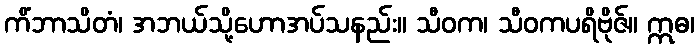
ကိံဘာသိတံ၊ အဘယ်သို့ဟောအပ်သနည်း။ သီဝက၊ သီဝကပရိဗိုဇ်။ ဣဓ၊